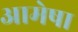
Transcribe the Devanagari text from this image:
आमेषा